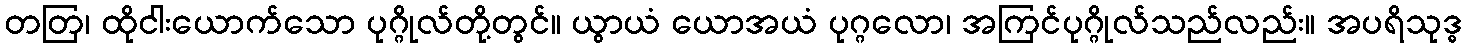
တတြ၊ ထိုငါးယောက်သော ပုဂ္ဂိုလ်တို့တွင်။ ယွာယံ ယောအယံ ပုဂ္ဂလော၊ အကြင်ပုဂ္ဂိုလ်သည်လည်း။ အပရိသုဒ္ဓ